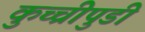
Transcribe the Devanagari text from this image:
कुच्चीपुडी